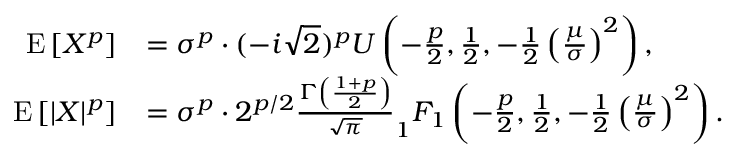
{ \begin{array} { r l } { \operatorname { E } \left[ X ^ { p } \right] } & { = \sigma ^ { p } \cdot ( - i { \sqrt { 2 } } ) ^ { p } U \left( - { \frac { p } { 2 } } , { \frac { 1 } { 2 } } , - { \frac { 1 } { 2 } } \left( { \frac { \mu } { \sigma } } \right) ^ { 2 } \right) , } \\ { \operatorname { E } \left[ | X | ^ { p } \right] } & { = \sigma ^ { p } \cdot 2 ^ { p / 2 } { \frac { \Gamma \left( { \frac { 1 + p } { 2 } } \right) } { \sqrt { \pi } } } _ { 1 } F _ { 1 } \left( - { \frac { p } { 2 } } , { \frac { 1 } { 2 } } , - { \frac { 1 } { 2 } } \left( { \frac { \mu } { \sigma } } \right) ^ { 2 } \right) . } \end{array} }